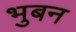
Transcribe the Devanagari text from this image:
भुबन